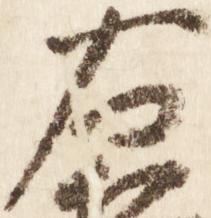
右